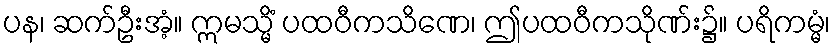
ပန၊ ဆက်ဦးအံ့။ ဣမသ္မိံ ပထဝီကသိဏေ၊ ဤပထဝီကသိုဏ်း၌။ ပရိကမ္မံ၊